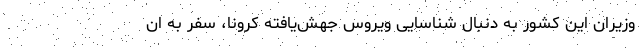
وزیران این کشور به دنبال شناسایی ویروس جهش‌یافته کرونا، سفر به ان